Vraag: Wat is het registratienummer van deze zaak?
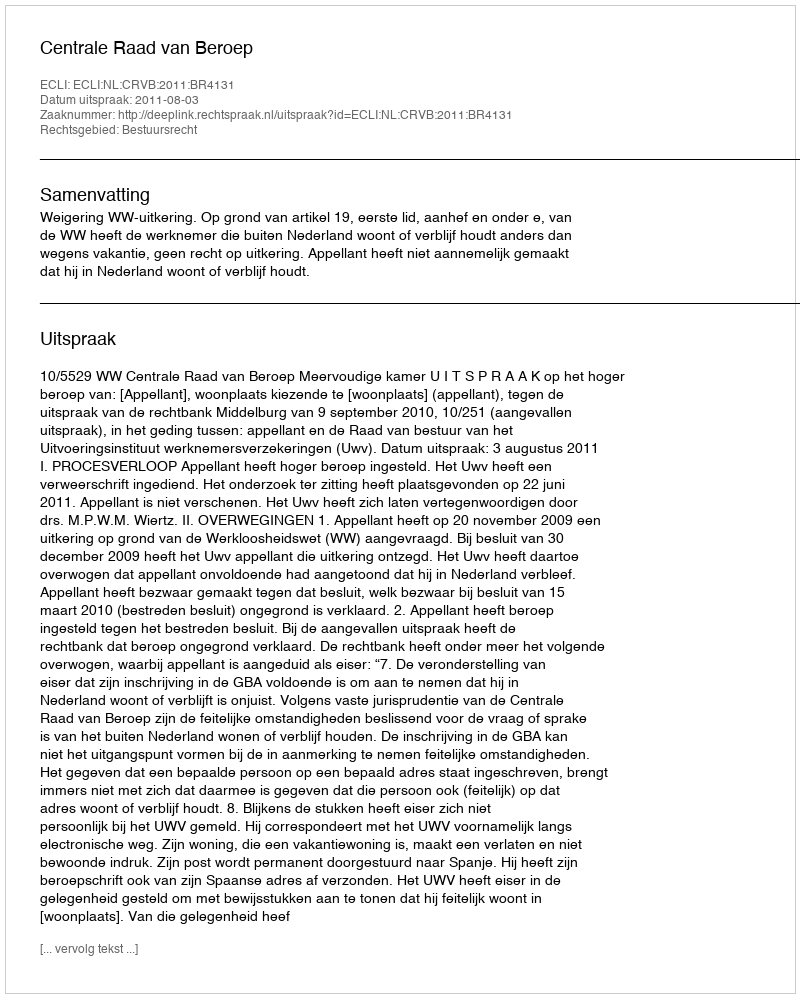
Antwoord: http://deeplink.rechtspraak.nl/uitspraak?id=ECLI:NL:CRVB:2011:BR4131